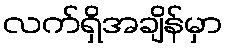
လက်ရှိအချိန်မှာ